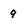
Character: 9